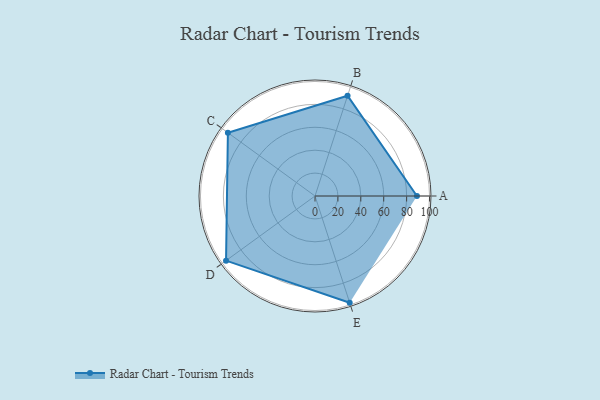
{"axis": {"x": "Skill", "y": "Score"}, "legend": ["Profile"], "data": [{"x": "A", "y": 89.0, "type": "Profile"}, {"x": "B", "y": 92.0, "type": "Profile"}, {"x": "C", "y": 94.0, "type": "Profile"}, {"x": "D", "y": 96.0, "type": "Profile"}, {"x": "E", "y": 98.0, "type": "Profile"}]}